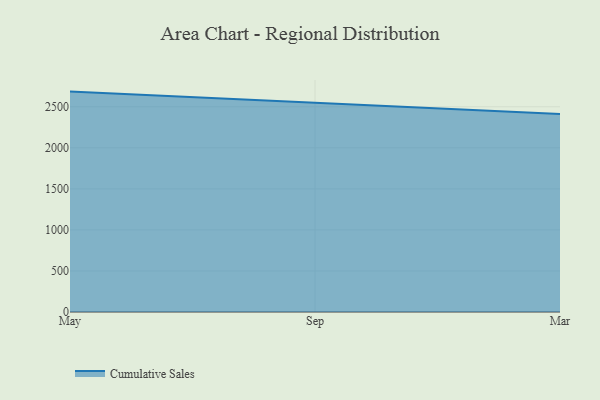
{"axis": {"x": "Month", "y": "Tickets Resolved"}, "legend": ["Cumulative Sales"], "data": [{"x": "May", "y": 2684.9, "type": "Cumulative Sales"}, {"x": "Sep", "y": 2553.0, "type": "Cumulative Sales"}, {"x": "Mar", "y": 2413.3, "type": "Cumulative Sales"}]}